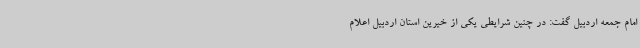
امام جمعه اردبیل گفت: در چنین شرایطی یکی از خیرین استان اردبیل اعلام